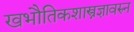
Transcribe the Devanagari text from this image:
खभौतिकशास्त्रज्ञावरुन